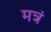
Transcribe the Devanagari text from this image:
मत्रं